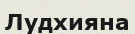
Лудхияна